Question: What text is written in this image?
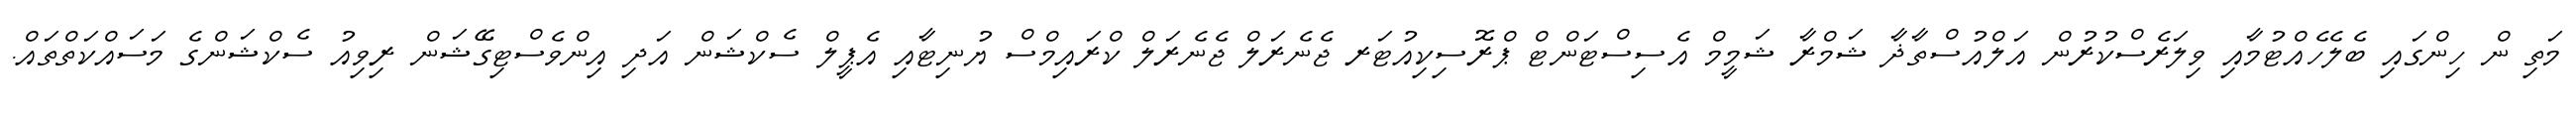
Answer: މަތި ން ހިންގައި ބެލެހެއްޓުމާއި ވިލަރެސްކުރުން އަލްއުސްތާޛާ ޝަމްރާ ޝަމީމް އެސިސްޓަންޓް ޕްރޮސިކިއުޓަރ ޖެނެރަލް ޖެނެރަލް ކްރައިމްސް ޔުނިޓާއި އެޕީލް ސެކްޝަން އަދި އިންވެސްޓިގޭޝަން ރިވިއު ސެކްޝަންގެ މަސައްކަތްތައް.